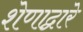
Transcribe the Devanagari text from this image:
शेणाद्वारे